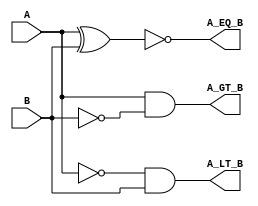
module bin_comp_1b(output A_EQ_B, A_GT_B, A_LT_B, input A, B);
    assign  A_EQ_B = ~(A ^  B),
            A_GT_B =   A & ~B ,
            A_LT_B =  ~A &  B ;

endmodule